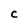
Character: C